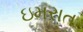
ઇમરાત